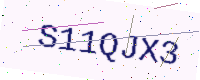
Text: S11QJX3